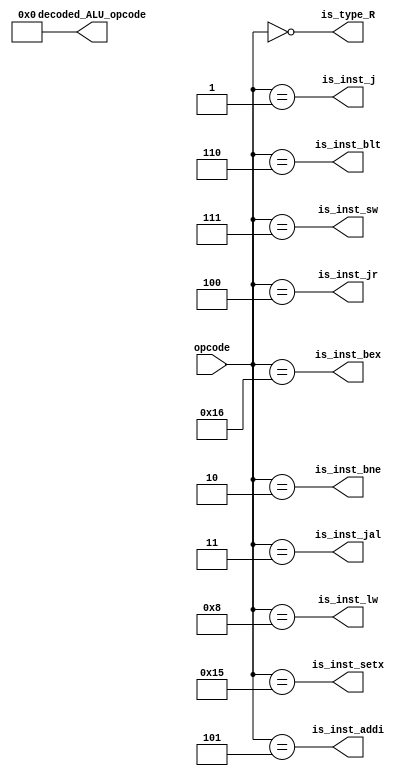
module opcode_decoder (
    opcode,
    is_type_R,
    is_inst_addi,
    is_inst_sw,
    is_inst_lw,
    is_inst_jal,
    is_inst_jr,
    is_inst_j,
    is_inst_blt,
    is_inst_bne,
    is_inst_bex,
    is_inst_setx,
    decoded_ALU_opcode
);

    input [4:0] opcode;
    output is_type_R;
    output is_inst_addi;
    output is_inst_sw;
    output is_inst_lw;
    output is_inst_jal;
    output is_inst_jr;
    output is_inst_j;
    output is_inst_blt;
    output is_inst_bne;
    output is_inst_bex;
    output is_inst_setx;
    output [4:0] decoded_ALU_opcode;

    parameter   TYPE_R_OPCODE = 5'b00000,
                ADDI_OPCODE   = 5'b00101,
                SW_OPCODE     = 5'b00111,
                LW_OPCODE     = 5'b01000,
                JAL_OPCODE    = 5'b00011,
                JR_OPCODE     = 5'b00100,
                J_OPCODE      = 5'b00001,
                BLT_OPCODE    = 5'b00110,
                BNE_OPCODE    = 5'b00010,
                BEX_OPCODE     = 5'b10110,
                SETX_OPCODE    = 5'b10101;

    assign is_type_R = opcode == TYPE_R_OPCODE;
    assign is_inst_addi = opcode == ADDI_OPCODE;
    assign is_inst_lw = opcode == LW_OPCODE;
    assign is_inst_sw = opcode == SW_OPCODE;
    assign is_inst_jal = opcode == JAL_OPCODE;
    assign is_inst_jr = opcode == JR_OPCODE;
    assign is_inst_j = opcode == J_OPCODE;
    assign is_inst_blt = opcode == BLT_OPCODE;
    assign is_inst_bne = opcode == BNE_OPCODE;
    assign is_inst_bex = opcode == BEX_OPCODE;
    assign is_inst_setx = opcode == SETX_OPCODE;

    parameter ALU_ADD = 5'd0,
              ALU_SUB = 5'd1,
              ALU_AND = 5'd2,
              ALU_OR  = 5'd3,
              ALU_SLL = 5'd4,
              ALU_SRA = 5'd5;
    assign decoded_ALU_opcode[4:0] = ALU_ADD;

endmodule